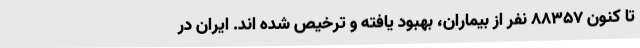
تا کنون 88357 نفر از بیماران، بهبود یافته و ترخیص شده اند. ایران در